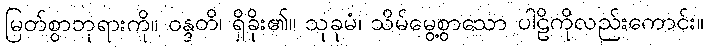
မြတ်စွာဘုရားကို။ ဝန္ဒတိ၊ ရှိခိုး၏။ သုခုမံ၊ သိမ်မွေ့စွာသော ပါဠိကိုလည်းကောင်း။